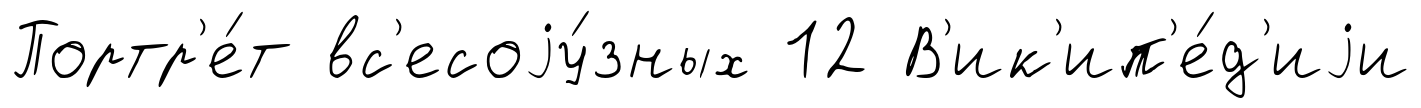
Портр'е́т вс'есоjу́зных 12 В'ик'ип'е́д'иjи